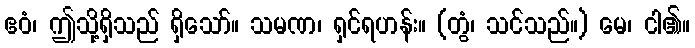
ဧဝံ၊ ဤသို့ရှိသည် ရှိသော်။ သမဏ၊ ရှင်ရဟန်း။ (တွံ၊ သင်သည်။) မေ၊ ငါ၏။